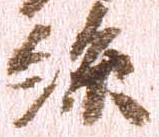
糸